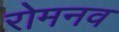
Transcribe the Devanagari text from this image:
रोमनव